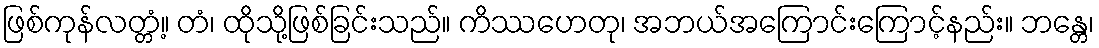
ဖြစ်ကုန်လတ္တံ့။ တံ၊ ထိုသို့ဖြစ်ခြင်းသည်။ ကိဿဟေတု၊ အဘယ်အကြောင်းကြောင့်နည်း။ ဘန္တေ၊